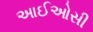
આઈઓસી